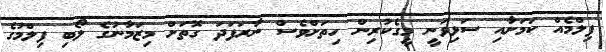
ފިލްމެއް ކަމަށާއި ސަޅިވަނީ މީގެކުރިން ހިތަށްވެސް ނާރަފަދަ ގޮތަށް މިޒަމާނުގެ ލޯބި ފިލްމުގެ